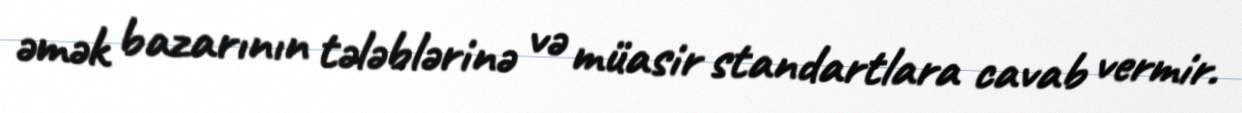
əmək bazarının tələblərinə və müasir standartlara cavab vermir.